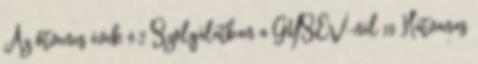
Az ötvenes évek 9.2 Szolgálatban a GYSEV-nél 10 Hatvanas